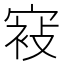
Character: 𰍕